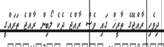
ދިވެހި ރާއްޖޭގެ ތާރީޚް ގައި ވެސް ރާއްޖެ ދެކެ ލޯބިން ރާއްޖެ ތަރައްގީ